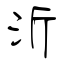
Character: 沂